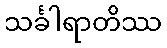
သင်္ခါရာတိဿ